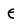
Character: e